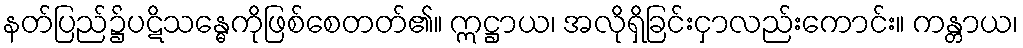
နတ်ပြည်၌ပဋိသန္ဓေကိုဖြစ်စေတတ်၏။ ဣဋ္ဌာယ၊ အလိုရှိခြင်းငှာလည်းကောင်း။ ကန္တာယ၊